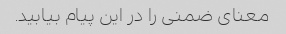
معنای ضمنی را در این پیام بیابید.